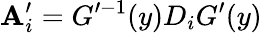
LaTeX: \mathbf{A}_{i}^{\prime}=G^{\prime-1}(y)D_{i}G^{\prime}(y)